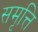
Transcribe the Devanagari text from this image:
समृत्ति